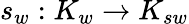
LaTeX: s_{w}:K_{w}\to K_{sw}